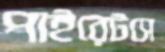
পাইরেটসে